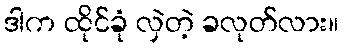
ဒါက ထိုင်ခုံ လှဲတဲ့ ခလုတ်လား။